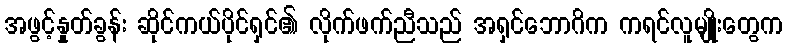
အဖွင့်နှုတ်ခွန်း ဆိုင်ကယ်ပိုင်ရှင်၏ လိုက်ဖက်ညီသည် အရှင်ဘောဂိက ကရင်လူမျိုးတွေက